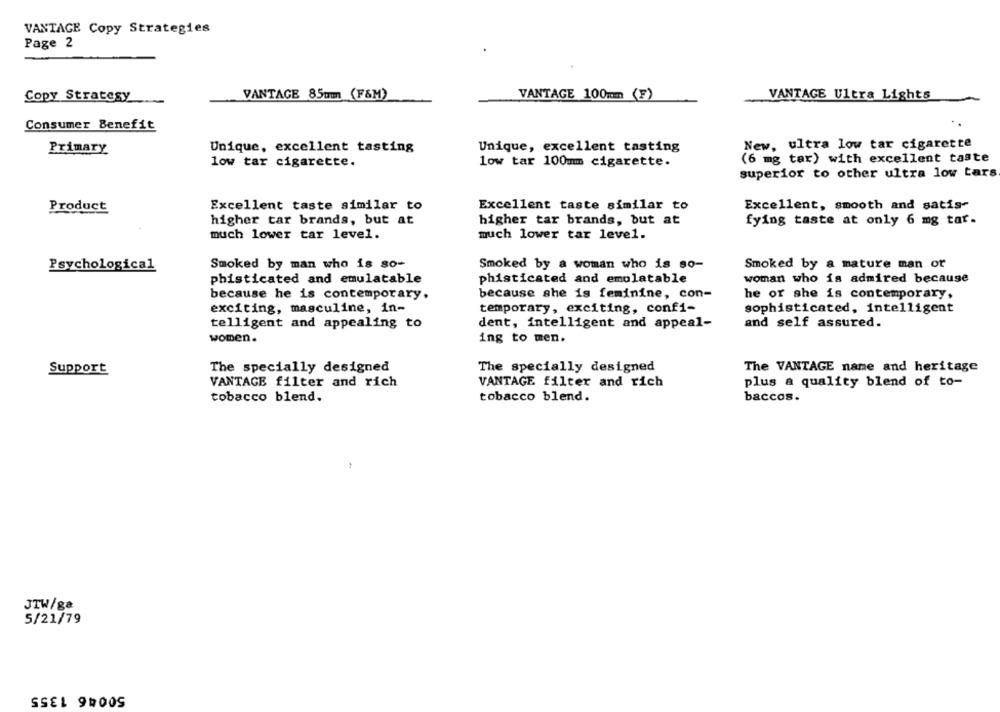
VANTAGE Copy Strategies
Page 2
Copy Strategy
VANTAGE 85mm (F&M)
VANTAGE 100mm (F)
VANTAGE Ultra Lights
Consumer Benefit
Unique, excellent tasting
Unique, excellent tasting
New, ultra low tar cigarette
Primary
low tar cigarette.
low tar 100mm cigarette.
(6 mg tar) with excellent taste
superior to other ultra low tars
Excellent taste similar to
Excellent taste similar to
Excellent, smooth and satis-
Product
higher tar brands, but at
higher tar brands, but at
fying taste at only 6 mg tar.
much lower tar level.
much lower tar level.
Psychological
Smoked by man who is so-
Smoked by a woman who is so-
Smoked by a mature man or
phisticated and emulatable
phisticated and emulatable
woman who is admired because
because he is contemporary.
because she is feminine, con-
he or she is contemporary,
exciting, masculine, in-
temporary, exciting, confi-
sophisticated, intelligent
telligent and appealing to
dent, intelligent and appeal-
and self assured.
women.
ing to men.
Support
The specially designed
The specially designed
The VANTAGE name and heritage
VANTAGE filter and rich
VANTAGE filter and rich
plus a quality blend of to-
tobacco blend.
tobacco blend.
baccos.
JTW/ga
5/21/79
50046 1355